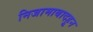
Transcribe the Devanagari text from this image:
निजामाबादहून